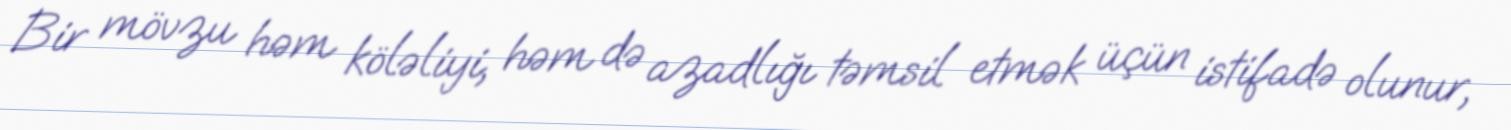
Bir mövzu həm köləliyi, həm də azadlığı təmsil etmək üçün istifadə olunur,